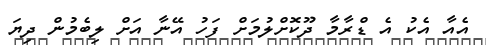
އެއާ އެކު އެ ޑްރާމާ ދޫކޮށްލުމަށް ފަހު އޭނާ އަށް ލިބެމުން ދިޔަ